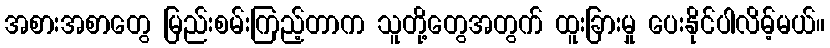
အစားအစာတွေ မြည်းစမ်းကြည့်တာက သူတို့တွေအတွက် ထူးခြားမှု ပေးနိုင်ပါလိမ့်မယ်။